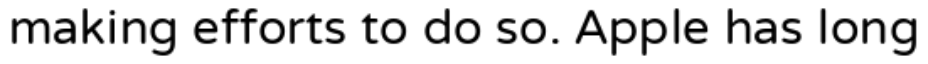
making efforts to do so. Apple has long